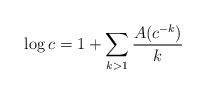
\begin{align*}\log c=1+\sum_{k>1}{A(c^{-k})\over k}\end{align*}